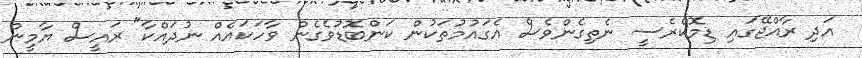
އަދި ރާއްޖޭގައި ޑިމޮކްރެސީ ނެތިގެންވެސް އެގައުމުތަކުން ކަންބޮޑުވެގެން ވާހަކައެއް ނުދައްކާ" ރައީސް ޔާމީން